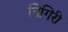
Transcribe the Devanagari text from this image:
निगिरी